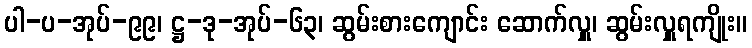
ပါ-ပ-အုပ်-၉၉၊ ဋ္ဌ-ဒု-အုပ်-၆၃၊ ဆွမ်းစားကျောင်း ဆောက်လှူ၊ ဆွမ်းလှူရကျိုး။